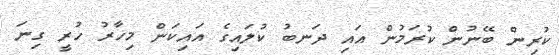
ކުރިން ބޭނުން ކުރަމުން އައި ދަނބު ކުލައިގެ އައިކަން މިހާރު ހުރީ ގިނަ